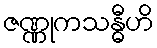
ဇဏ္ဏုကသန္ဓီဟိ